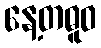
နေ့တဓူဝ